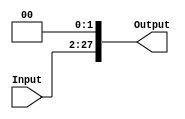
module NewShifter (
    input [25:0] Input,
    output reg [27:0] Output
);
assign Output = Input << 2;     
endmodule